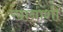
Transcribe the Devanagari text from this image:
खानाशी